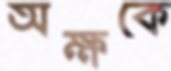
অক্ষকে